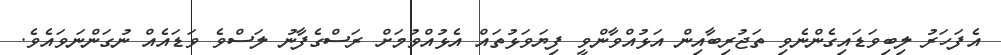
އެފަހަރު ލިބިވަޑައިގެންނެވި ތަޖުރިބާއިން އަޅުއްވާންވީ ފިޔަވަޅުތައް އެޅުއްވުމަށް ރަސްގެފާނު ލަސްވެ ވަޑައެއް ނުގަންނަވައެވެ.